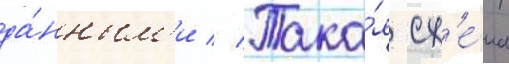
да́нным'и // Така́я сх'е́ма